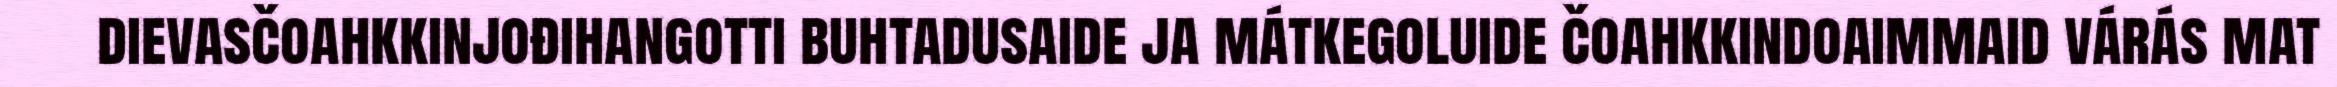
dievasčoahkkinjođihangotti buhtadusaide ja mátkegoluide čoahkkindoaimmaid várás mat